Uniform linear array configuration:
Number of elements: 8
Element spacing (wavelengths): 1
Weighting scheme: kaiser
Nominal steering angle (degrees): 0
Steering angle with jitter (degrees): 0.6888
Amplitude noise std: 0.05
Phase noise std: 0.05

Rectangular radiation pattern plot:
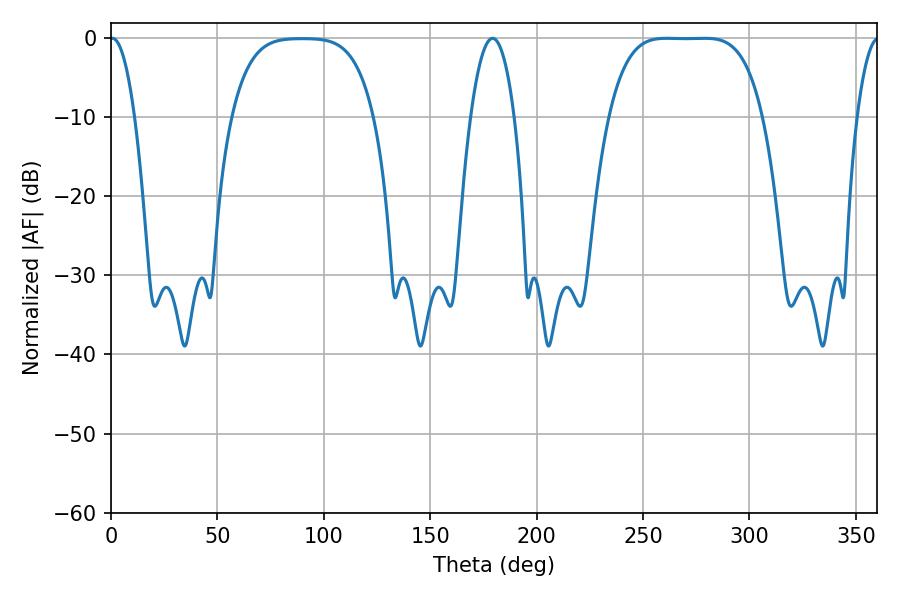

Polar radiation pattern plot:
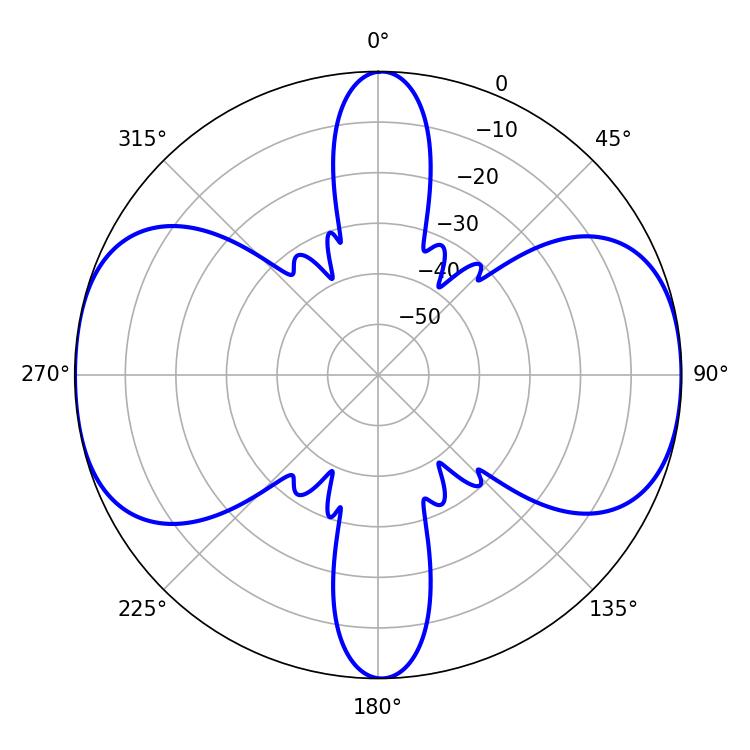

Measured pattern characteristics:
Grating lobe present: TRUE
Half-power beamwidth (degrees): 54.72
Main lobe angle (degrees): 261.18